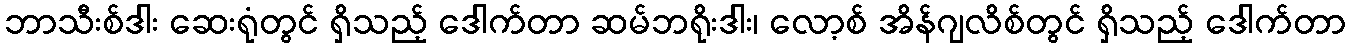
ဘာသီးစ်ဒါး ဆေးရုံတွင် ရှိသည့် ဒေါက်တာ ဆမ်ဘရိုးဒါး၊ လော့စ် အိန်ဂျလိစ်တွင် ရှိသည့် ဒေါက်တာ